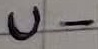
Text: U-